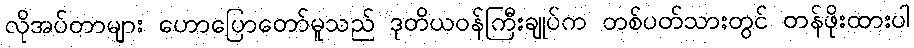
လိုအပ်တာများ ဟောပြောတော်မူသည် ဒုတိယဝန်ကြီးချုပ်က တစ်ပတ်သားတွင် တန်ဖိုးထားပါ